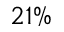
2 1 \%